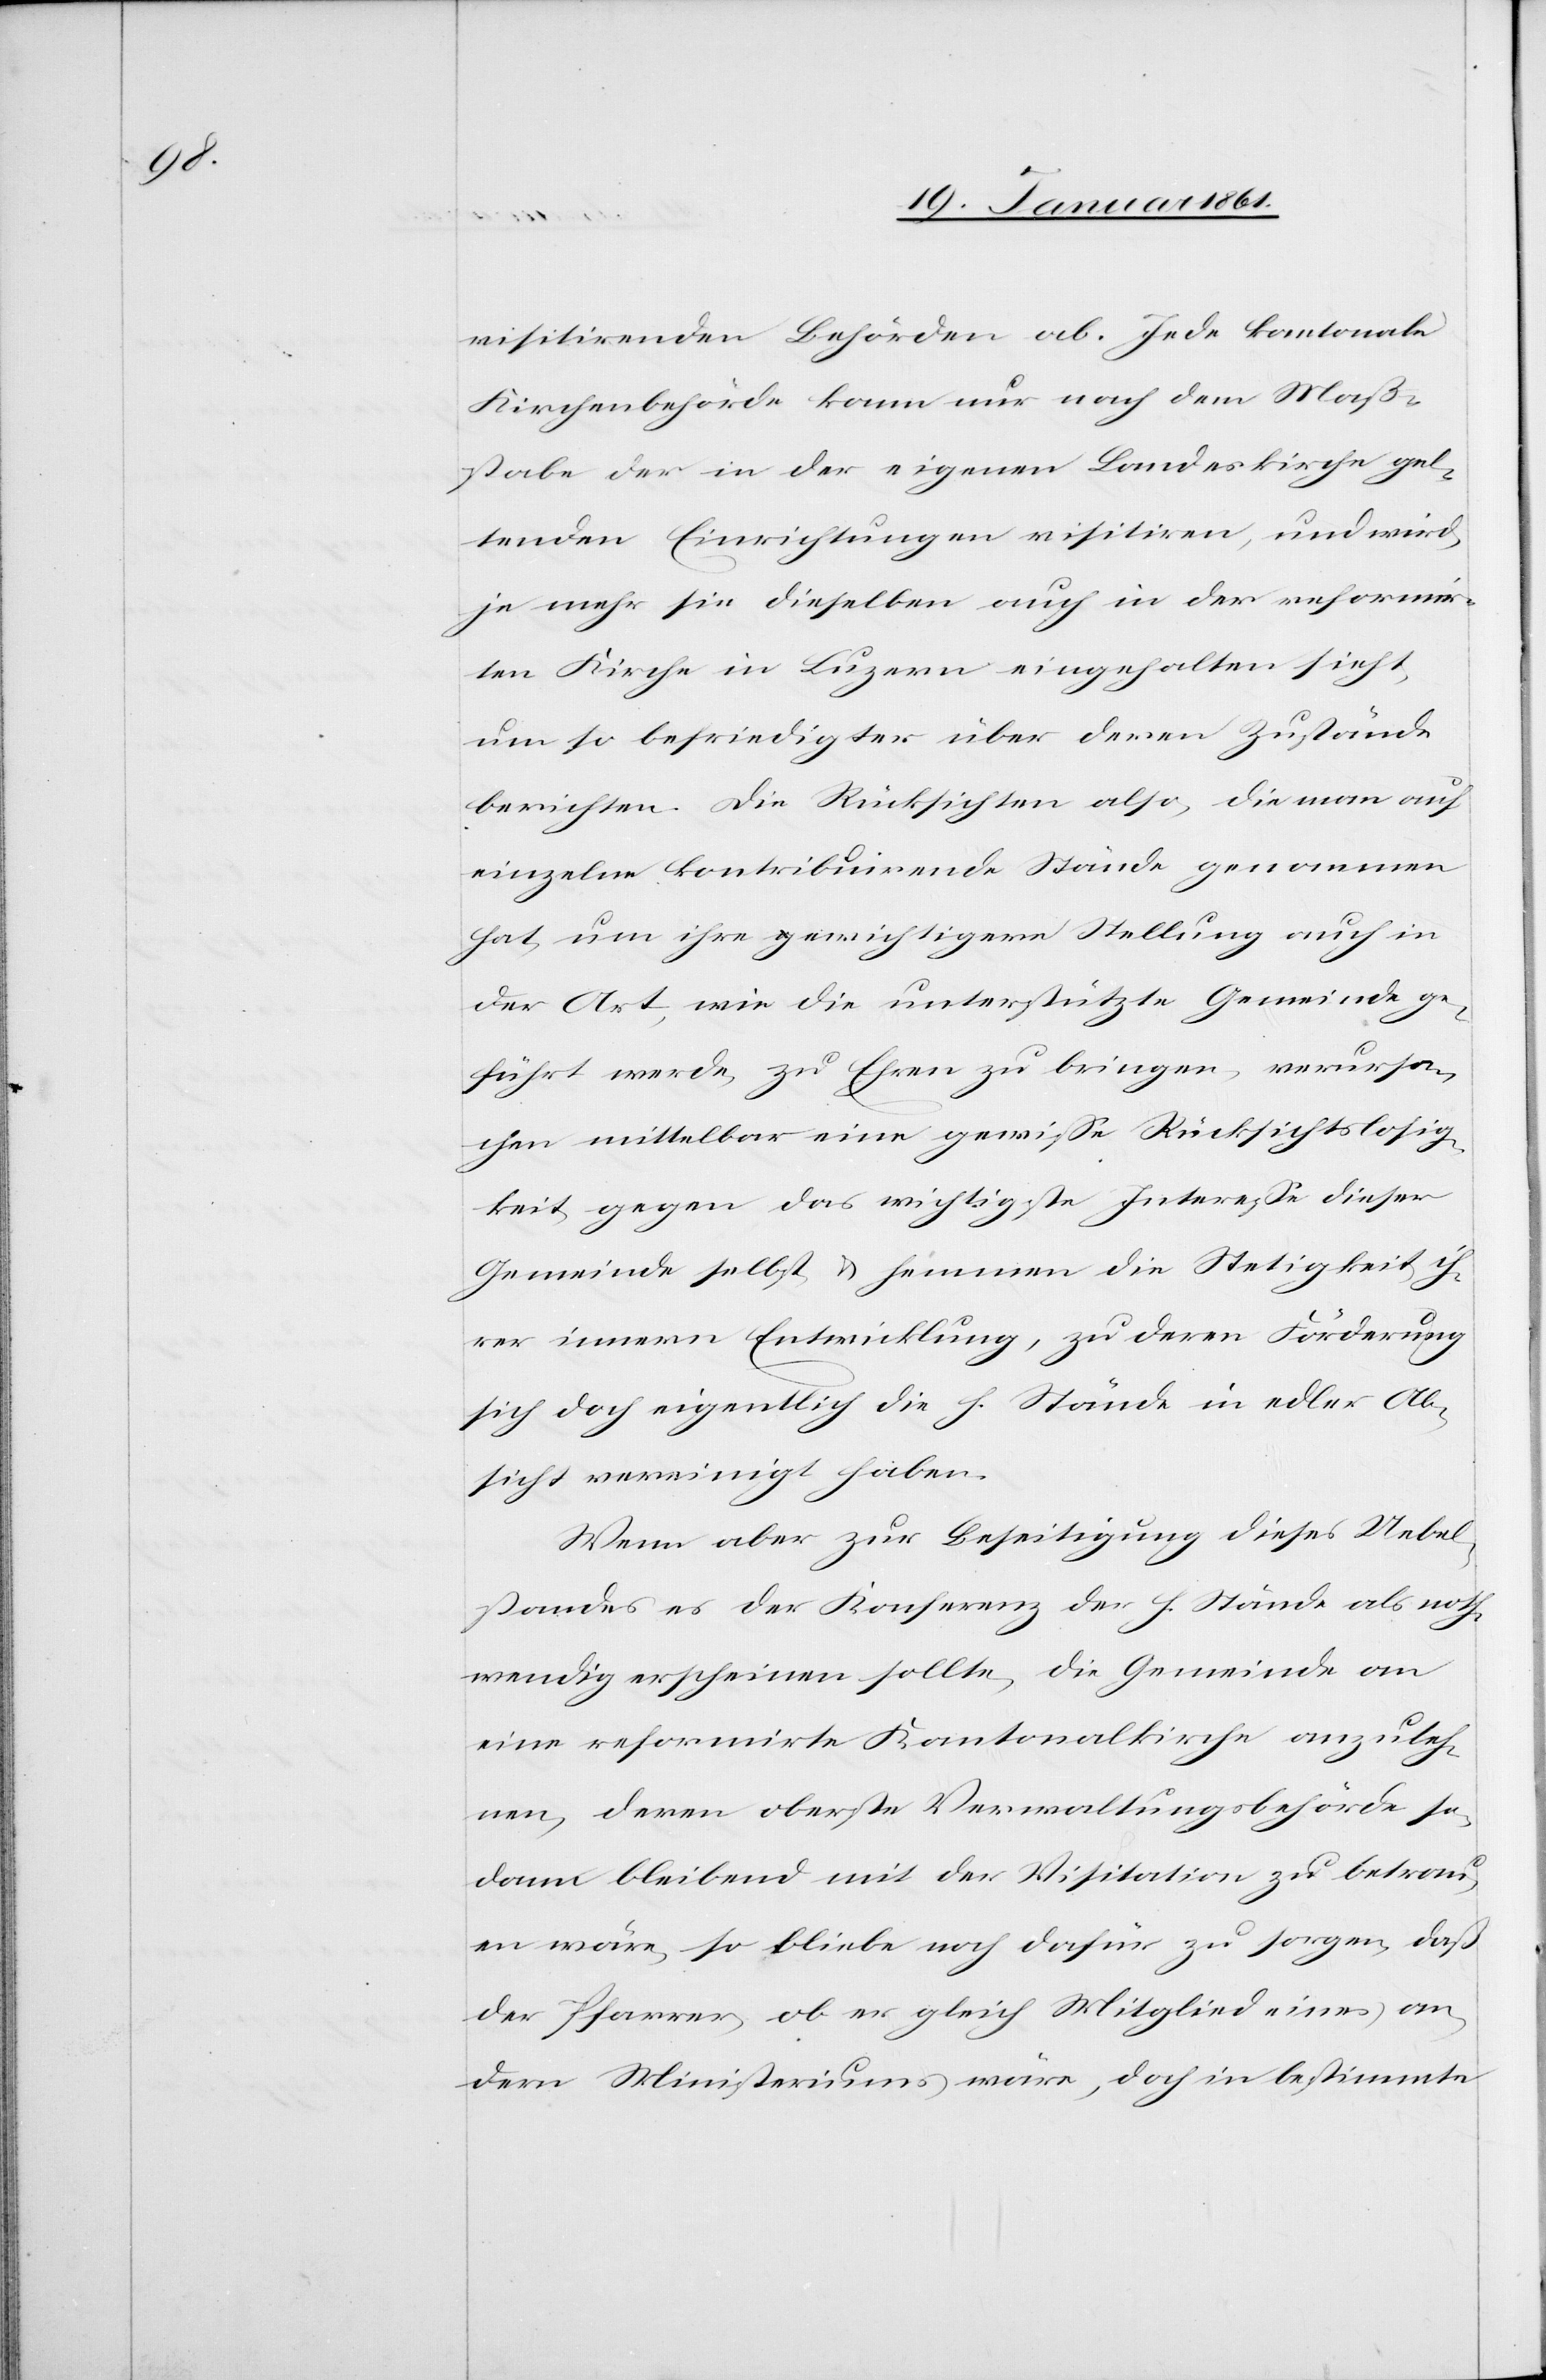
visitirenden Behörden ab. Jede kantonale
Kirchenbehörde kann nur nach dem Maß¬
stabe der in der eigenen Landeskirche gel¬
tenden Einrichtungen visitiren, und wird,
je mehr sie dieselben auch in der reformir¬
ten Kirche in Luzern eingehalten sieht,
um so befriedigter über deren Zustände
berichten. Die Rücksichten also, die man auf
einzelne kontribuirende Stände genommen
hat, um ihre gewichtigere Stellung auch in
der Art, wie die unterstützte Gemeinde ge¬
führt werde, zu Ehren zu bringen, verursa¬
chen mittelbar eine gewisse Rücksichtslosig¬
keit gegen das wichtigste Interesse dieser
Gemeinde selbst u. hemmen die Stetigkeit ih¬
rer innern Entwicklung, zu deren Förderung
sich doch eigentlich die h. Stände in edler Ab¬
sicht vereinigt haben.
Wenn aber zur Beseitigung dieses Uebel¬
standes es der Konferenz der h. Stände als noth¬
wendig erscheinen sollte, die Gemeinde an
eine reformirte Kantonalkirche anzuleh¬
nen, deren oberste Verwaltungsbehörde so¬
dann bleibend mit der Visitation zu betrau¬
en wäre, so bliebe noch dafür zu sorgen, dass
der Pfarrer, ob er gleich Mitglied eines an¬
dern Ministeriums wäre, doch in bestimmte